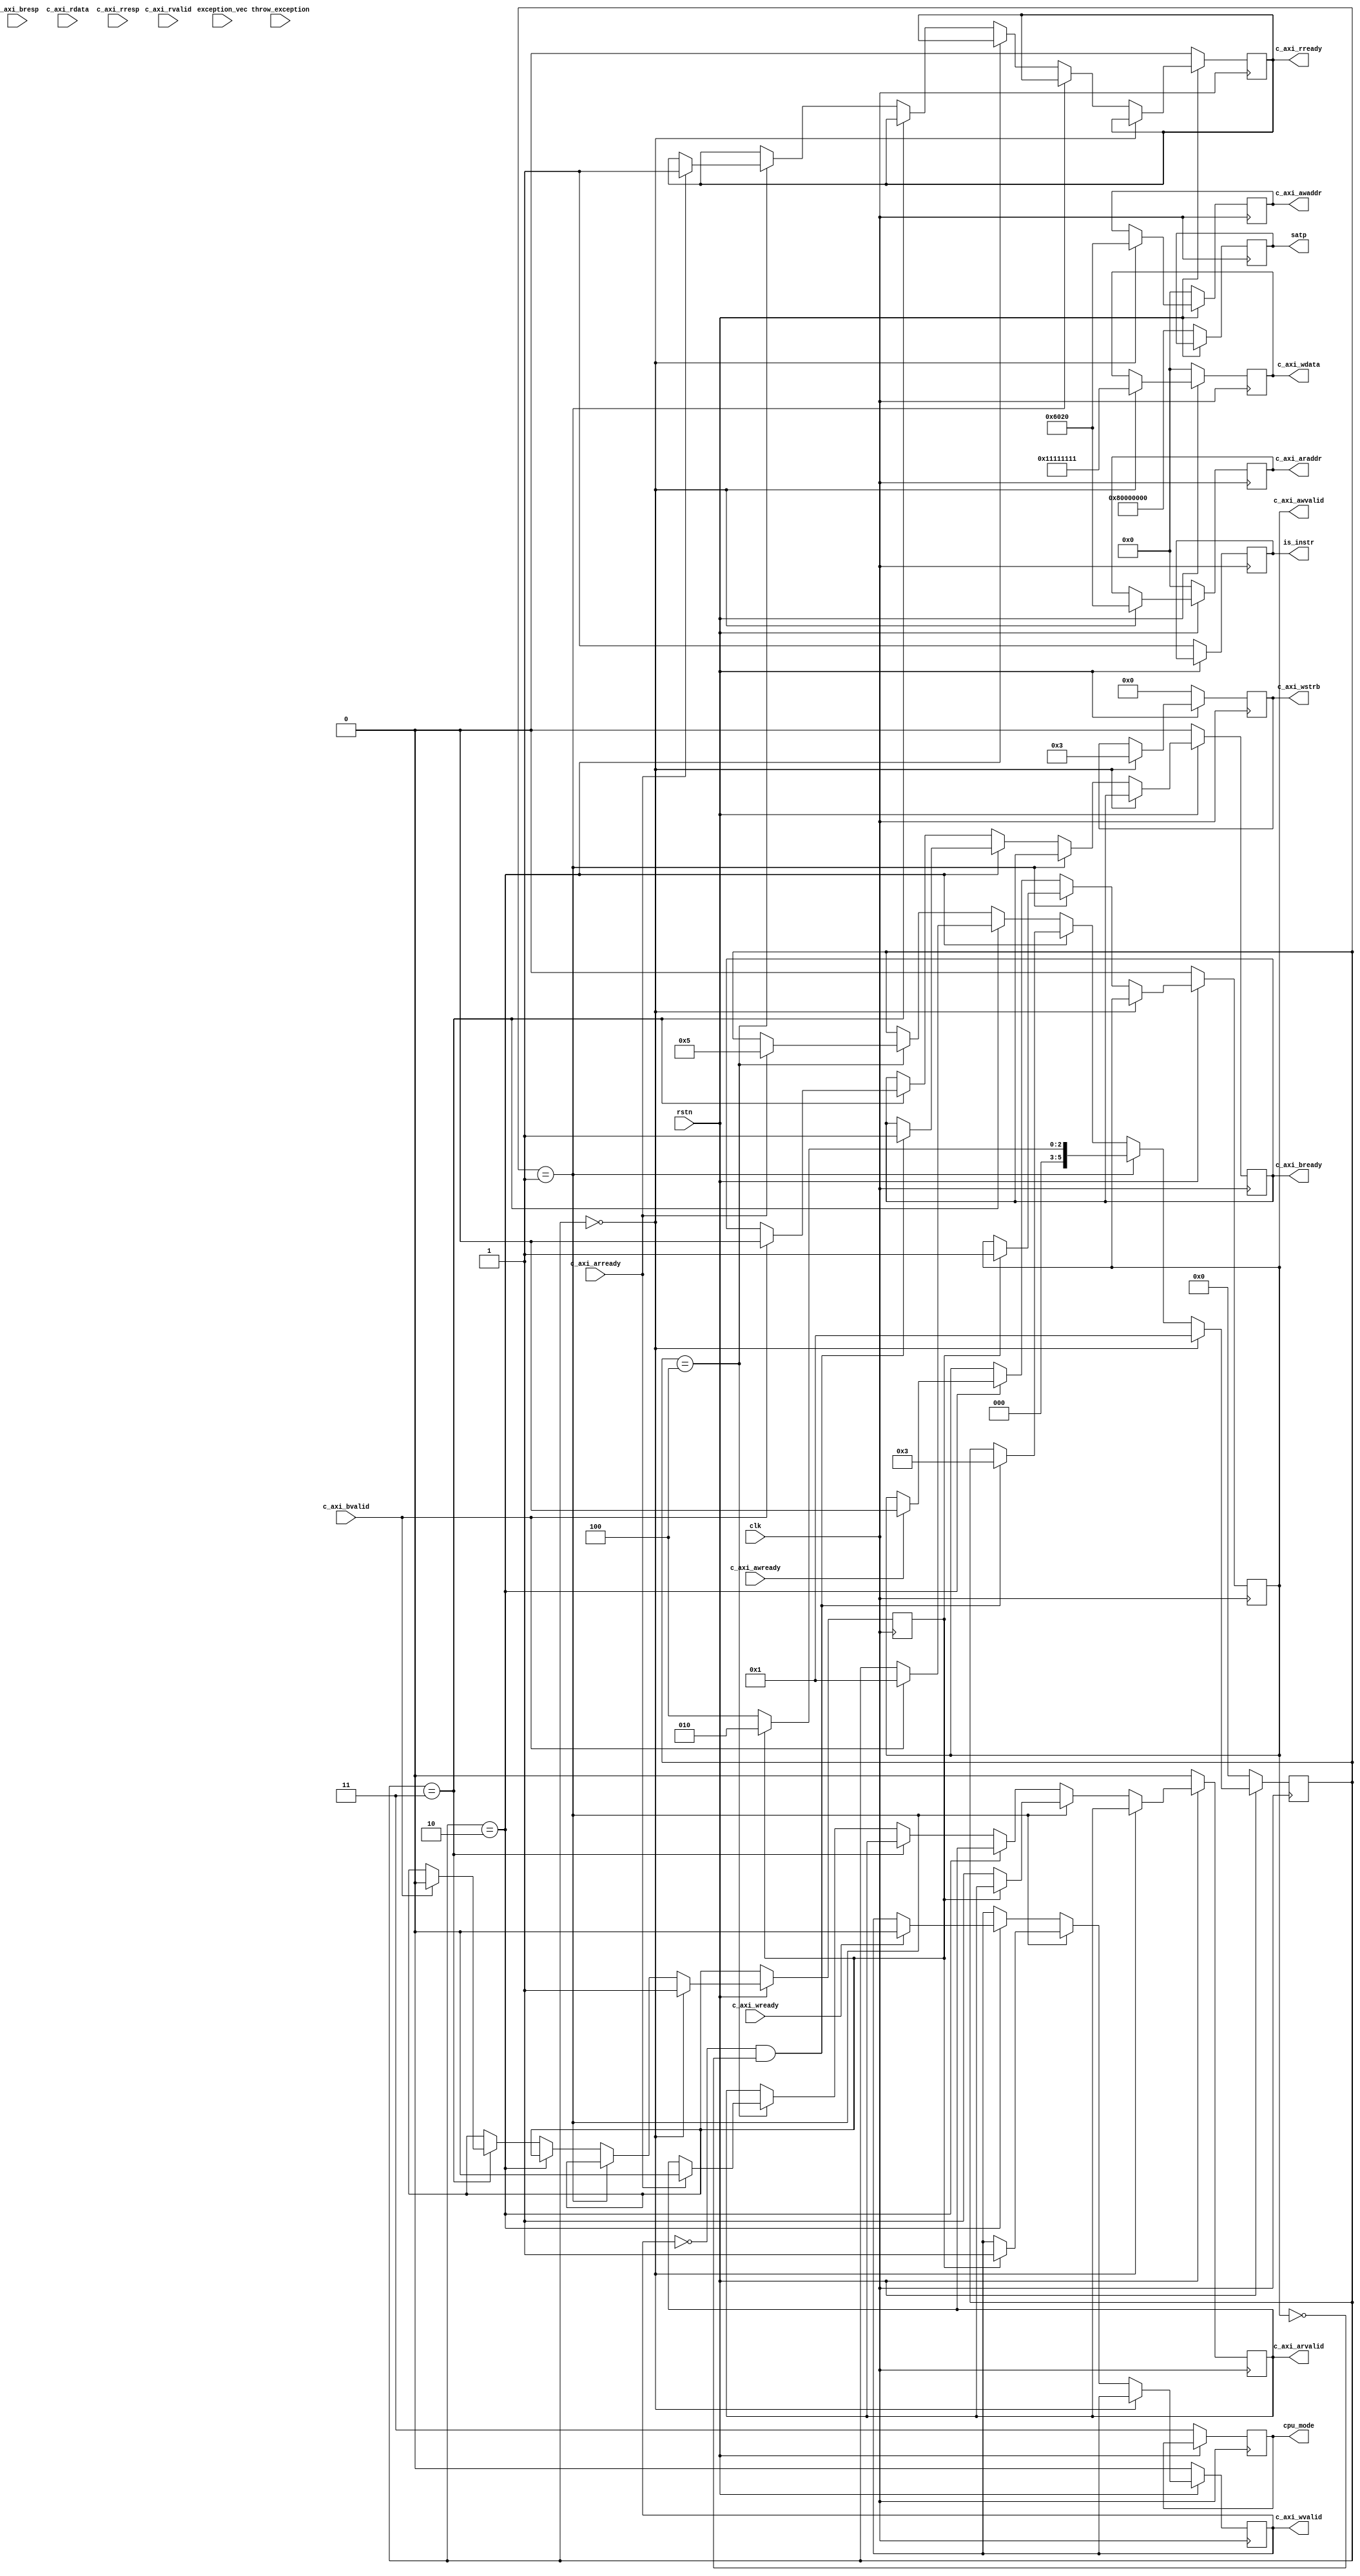
module mmu_test(
	input wire clk,
	input wire rstn,
		// mmu
	output reg [31:0] c_axi_araddr,
	input wire c_axi_arready,
	output reg c_axi_arvalid,
				
	output reg [31:0] c_axi_awaddr,
	input wire c_axi_awready,
	output reg c_axi_awvalid,
									
	output reg c_axi_bready,
	input wire [1:0] c_axi_bresp,
	input wire c_axi_bvalid,
	
	input wire [31:0] c_axi_rdata,
	output reg c_axi_rready,
	input wire [1:0] c_axi_rresp,
	input wire c_axi_rvalid,
	
	output reg [31:0] c_axi_wdata,
	input wire c_axi_wready,
	output reg [3:0] c_axi_wstrb,
	output reg c_axi_wvalid,
																	
	output reg [1:0] cpu_mode,
	output reg [31:0] satp,
	output reg is_instr,
		
	input wire throw_exception,
	input wire [2:0] exception_vec
	);


	reg [5:0] state;
	reg is_write;

	always @(posedge clk) begin
		if(~rstn) begin
			c_axi_araddr <= 0;
			c_axi_arvalid <= 0;
			c_axi_awaddr <= 0;
			c_axi_awvalid <= 0;
			c_axi_bready <= 0;
			c_axi_rready <= 0;
			c_axi_wdata <= 0;
			c_axi_wstrb <= 0;
			c_axi_wvalid <= 0;
			cpu_mode <= 3;
			satp <= {1'b1,31'b0};
			is_instr <= 1;

			state <= 0;
		end else if(state == 0) begin // set
				c_axi_araddr <= 32'h00006020; 
				c_axi_awaddr <= 32'h00006020;
				is_write <= 1;


				c_axi_wdata <= 32'h11111111;
				c_axi_wstrb <= 4'b0011;
				state <= 1;
		end else if (state == 1) begin
			if(is_write) begin
				c_axi_awvalid <= 1;
				c_axi_wvalid <= 1;
				state <= 2;
			end else begin 
				c_axi_arvalid <= 1;
				state <= 4;
			end
		end else if (state == 2) begin // write
			if(c_axi_awready) begin
				c_axi_awvalid <= 0;
			end
			if(c_axi_wready) begin
				c_axi_wvalid <= 0;
			end
			if(!c_axi_wvalid && !c_axi_awvalid) begin
				c_axi_bready <= 1;
				state <= 3;
			end
		end else if (state == 3) begin
			if(c_axi_bvalid) begin
				c_axi_bready <= 0;
				// loop //////////
				is_write = 0;
				state <= 1;
			end
		end else if (state == 4) begin // read
			if(c_axi_arready) begin
				c_axi_arvalid <= 0;
				c_axi_rready <= 1;
				state <= 5;
			end
		end if (state == 5) begin
			if(c_axi_rvalid) begin
				// loop ////////////
			end
		end
	end // always
endmodule